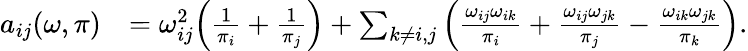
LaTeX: \begin{array}{rl}{a_{ij}(\omega,\pi)}&{=\omega_{ij}^{2}\Big(\frac{1}{\pi_{i}}+\frac{1}{\pi_{j}}\Big)+\sum_{k\not=i,j}\Big(\frac{\omega_{ij}\omega_{ik}}{\pi_{i}}+\frac{\omega_{ij}\omega_{jk}}{\pi_{j}}-\frac{\omega_{ik}\omega_{jk}}{\pi_{k}}\Big).}\end{array}